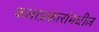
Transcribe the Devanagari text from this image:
कलाप्रकारांमधील